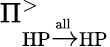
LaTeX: \Pi_{\textrm{HP}\xrightarrow{\textrm{all}}\textrm{HP}}^{>}